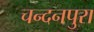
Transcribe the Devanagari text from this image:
चन्दनपुरा